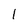
Character: 1